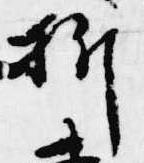
折